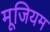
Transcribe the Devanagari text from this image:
मूजियम